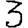
Digit: 3